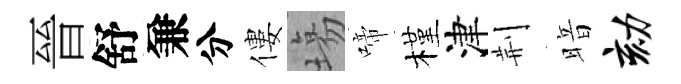
晉舒兼分僂塲啼槿津荆暗劾